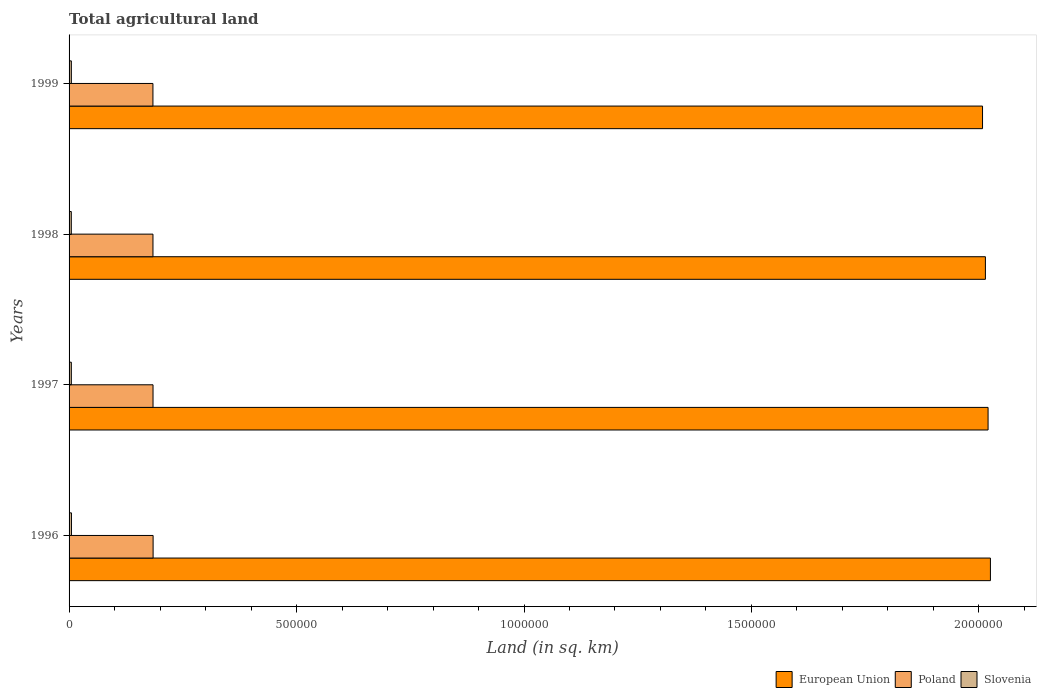
| Years | European Union | Poland | Slovenia |
 | --- | --- | --- | --- |
 | 1996 | 2.03e+06 | 1.85e+05 | 5.25e+03 |
 | 1997 | 2.02e+06 | 1.85e+05 | 4.95e+03 |
 | 1998 | 2.01e+06 | 1.84e+05 | 4.9e+03 |
 | 1999 | 2.01e+06 | 1.84e+05 | 5e+03 |